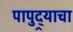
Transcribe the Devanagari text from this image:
पापुद्र्याचा